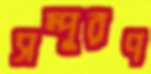
সম্পূরণ